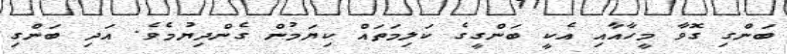
ބަންގި ގޮވާ މީހާއާއި އެކީ ބަންގީގެ ކަލިމަތައް ކިޔަމުން ގެންދިޔުމެވެ. އަދި ބަންގި